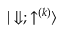
{ | \Downarrow ; \uparrow ^ { ( k ) } \rangle }